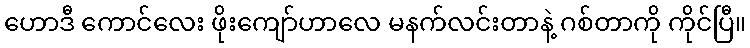
ဟောဒီ ကောင်လေး ဖိုးကျော်ဟာလေ မနက်လင်းတာနဲ့ ဂစ်တာကို ကိုင်ပြီ။